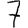
Digit: 7